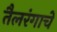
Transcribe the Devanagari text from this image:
तैलरंगाचे